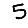
Digit: 5